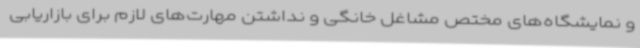
و نمایشگاه‌های مختص مشاغل خانگی و نداشتن مهارت‌های لازم برای بازاریابی